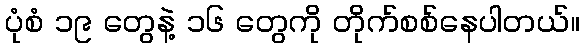
ပုံစံ ၁၉ တွေနဲ့ ၁၆ တွေကို တိုက်စစ်နေပါတယ်။